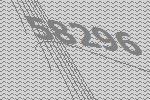
58296